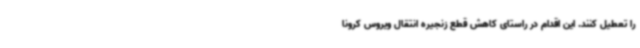
را تعطیل کنند. این اقدام در راستای کاهش قطع زنجیره انتقال ویروس کرونا